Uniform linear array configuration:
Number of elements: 16
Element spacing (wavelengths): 1
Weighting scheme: hamming
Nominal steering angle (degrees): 45
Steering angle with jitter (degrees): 45.062
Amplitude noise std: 0.05
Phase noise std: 0.05

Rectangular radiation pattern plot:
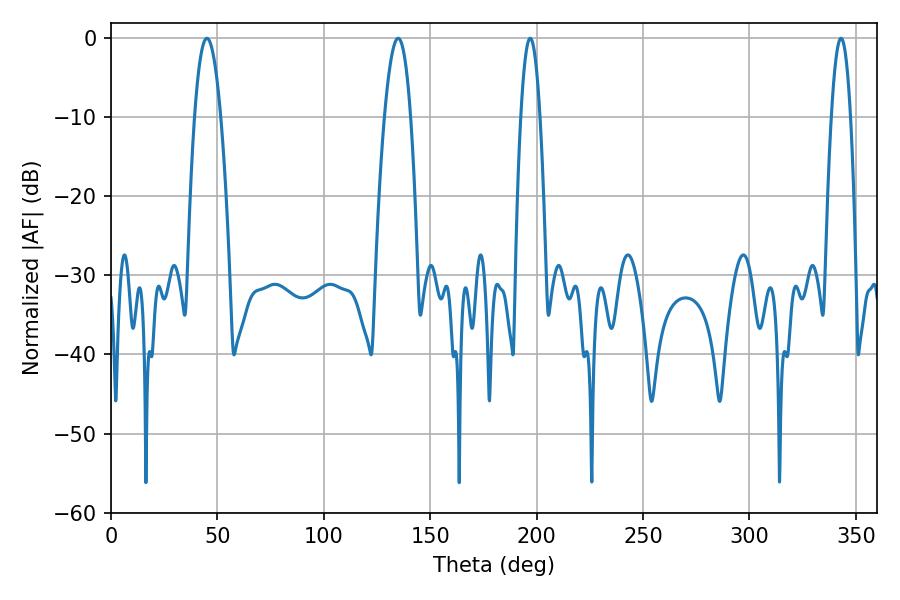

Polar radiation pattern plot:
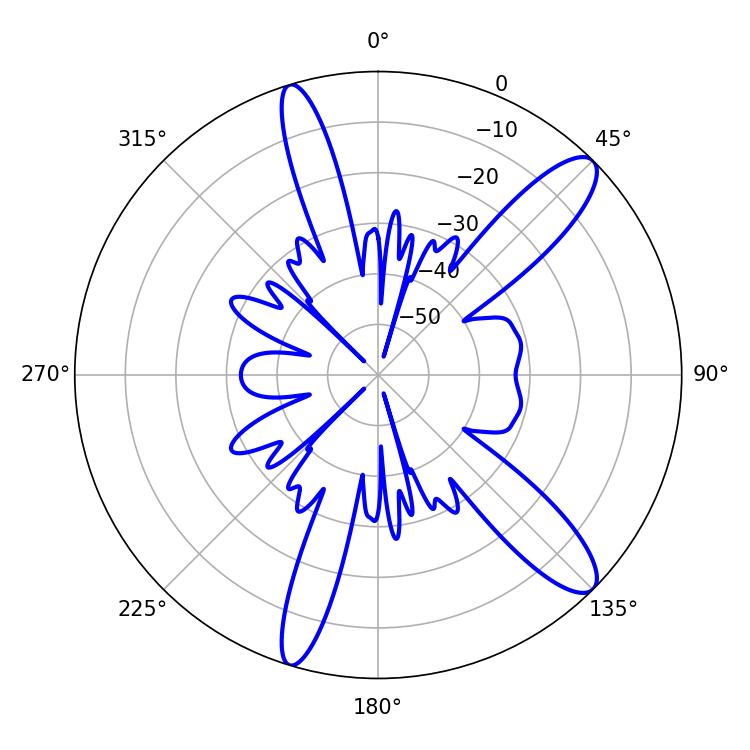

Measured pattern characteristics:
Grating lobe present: TRUE
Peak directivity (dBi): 12.017
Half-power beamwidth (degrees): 6.84
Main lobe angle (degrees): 45